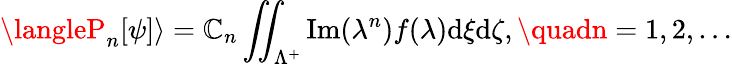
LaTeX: \langleP_{n}[\psi]\rangle=\mathbb{C}_{n}\iint_{\Lambda^{+}}\mathrm{{Im}}(\lambda^{n})f(\lambda)\mathrm{{d}}\xi\mathrm{{d}}\zeta,\quadn=1,2,\dots